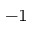
^ { - 1 }